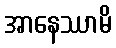
အာနေဿာမိ